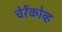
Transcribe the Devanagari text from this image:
चेरेंकोव्ह